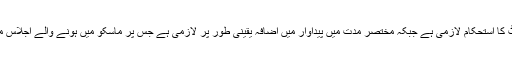
درمیانی مدت میں بجٹ کا استحکام لازمی ہے جبکہ مختصر مدت میں پیداوار میں اضافہ یقینی طور پر لازمی ہے جس پر ماسکو میں ہونے والے اجلاس میں اتفاق رائے پایا گیا۔